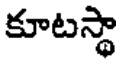
కూటస్థా